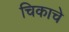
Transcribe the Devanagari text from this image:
चिकाचे